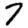
Digit: 7